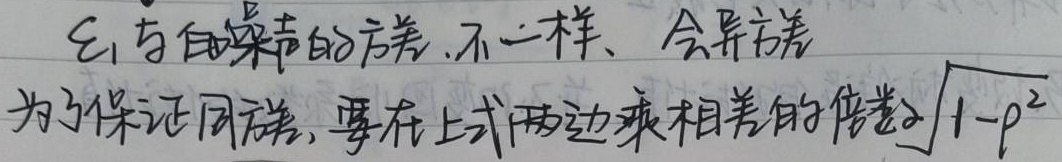
\(\varepsilon_{1}\)与自噪声的方差不一样，会异方差。为了保证同方差，要在上式两边乘相差的倍数\(\sqrt{1 - \rho^{2}}\) 。